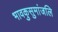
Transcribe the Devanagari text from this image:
भावकुसुमांजलि